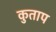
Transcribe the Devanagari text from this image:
कुताप